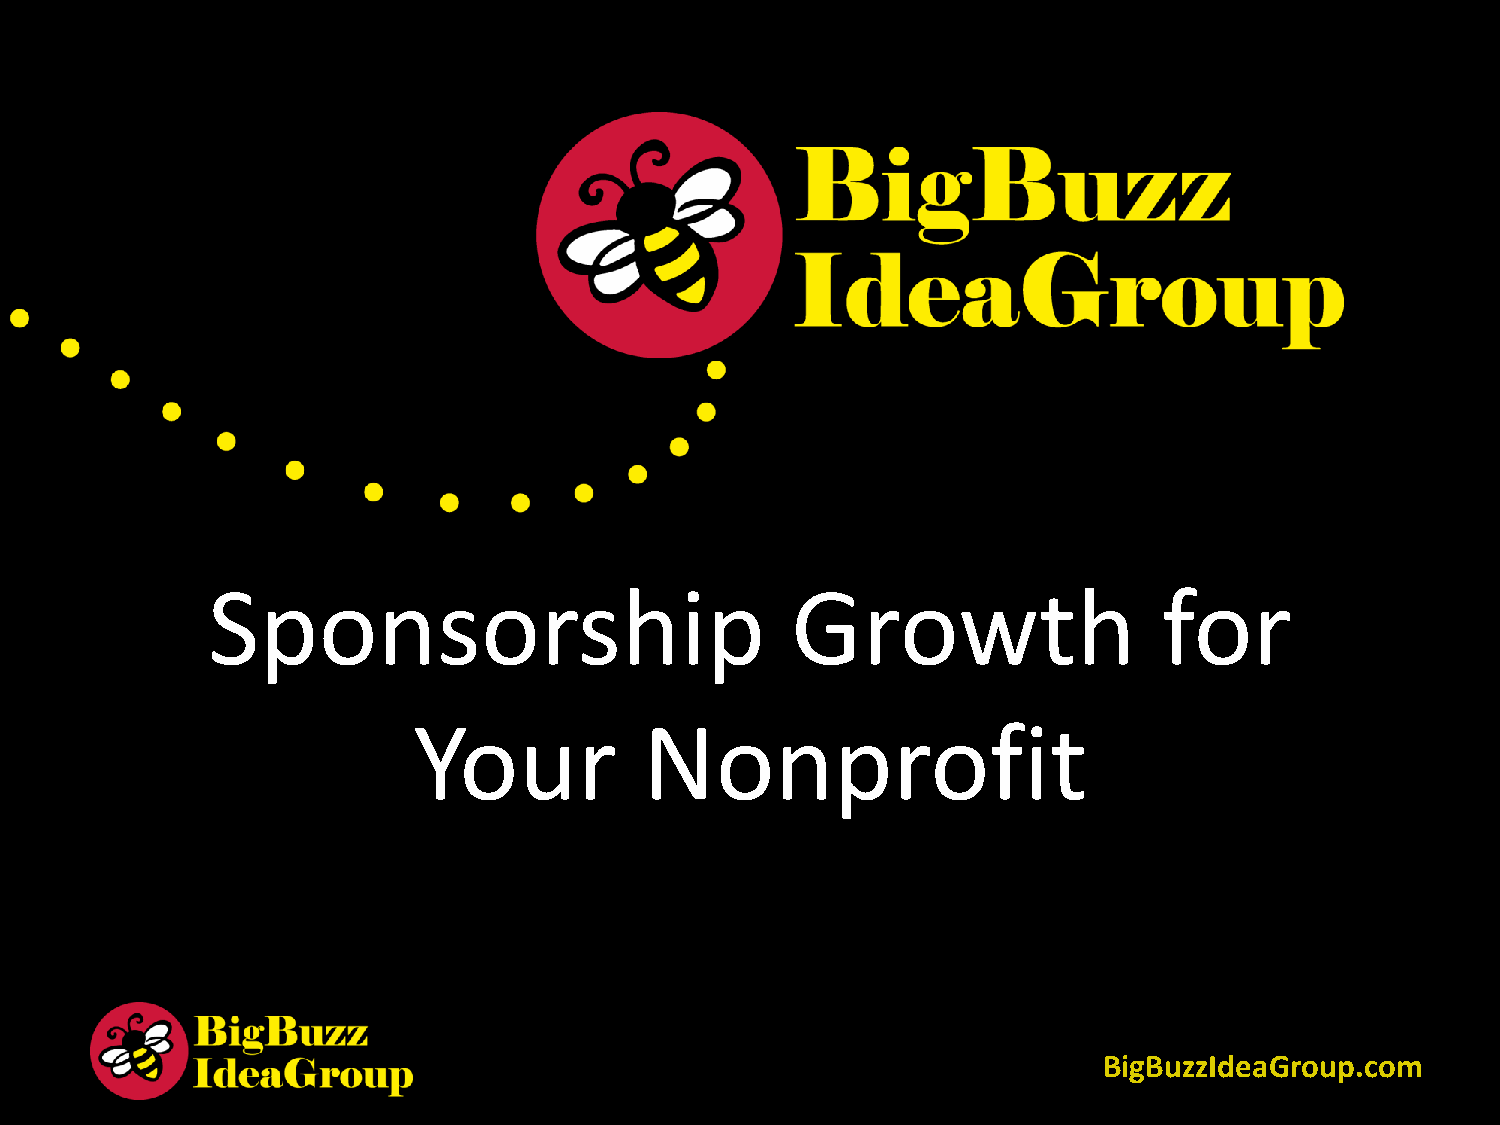
Sponsorship                           Growth                   for
 Your            Nonprofit
 BigBuzzIdeaGroup.com